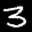
Label: 3